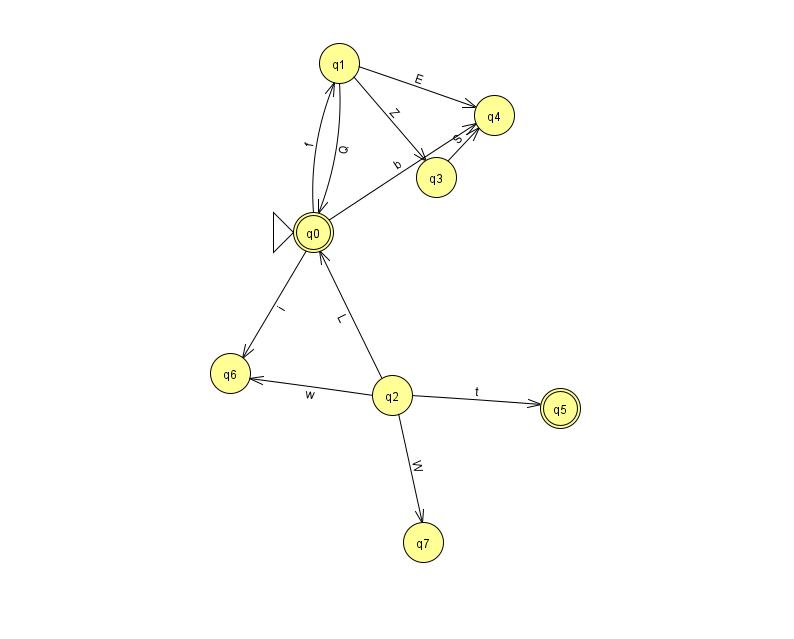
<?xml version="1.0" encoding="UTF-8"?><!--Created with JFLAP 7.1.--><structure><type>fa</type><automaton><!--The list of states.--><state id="0" name="q0"><x>313.0</x><y>219.0</y><initial/><final/></state><state id="1" name="q1"><x>339.0</x><y>50.0</y></state><state id="2" name="q2"><x>392.0</x><y>382.0</y></state><state id="3" name="q3"><x>436.0</x><y>164.0</y></state><state id="4" name="q4"><x>494.0</x><y>102.0</y></state><state id="5" name="q5"><x>560.0</x><y>395.0</y><final/></state><state id="6" name="q6"><x>230.0</x><y>360.0</y></state><state id="7" name="q7"><x>423.0</x><y>529.0</y></state><!--The list of transitions.--><transition><from>0</from><to>1</to><read>f</read></transition><transition><from>0</from><to>6</to><read>i</read></transition><transition><from>3</from><to>4</to><read>S</read></transition><transition><from>2</from><to>5</to><read>t</read></transition><transition><from>0</from><to>4</to><read>b</read></transition><transition><from>1</from><to>4</to><read>E</read></transition><transition><from>1</from><to>0</to><read>Q</read></transition><transition><from>1</from><to>3</to><read>Z</read></transition><transition><from>2</from><to>7</to><read>W</read></transition><transition><from>2</from><to>0</to><read>L</read></transition><transition><from>2</from><to>6</to><read>w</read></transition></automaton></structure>